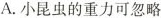
A.小昆虫的重力可忽略